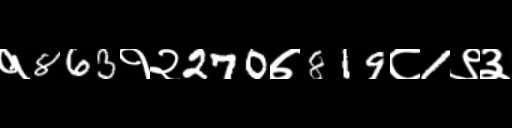
Text: १863१२270७819८1९३